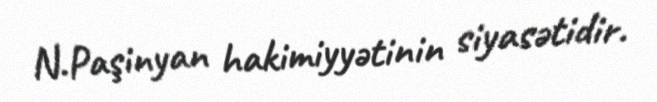
N.Paşinyan hakimiyyətinin siyasətidir.